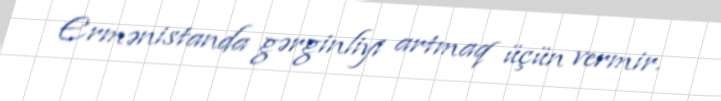
Ermənistanda gərginliyi artmaq üçün vermir.